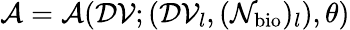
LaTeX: \mathcal{A}=\mathcal{A}(\mathcal{DV};(\mathcal{DV}_{l},(\mathcal{N}_{\mathrm{bio}})_{l}),\theta)